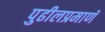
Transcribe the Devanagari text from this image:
पुढीलप्रमाणॅ